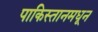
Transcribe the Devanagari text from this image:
पाकिस्तानमधून